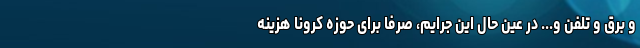
و برق و تلفن و... در عین حال این جرایم، صرفا برای حوزه کرونا هزینه